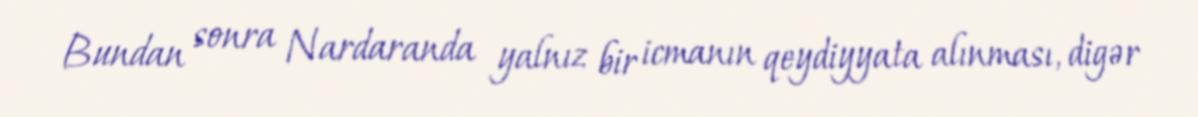
Bundan sonra Nardaranda yalnız bir icmanın qeydiyyata alınması, digər